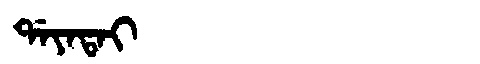
Manchu: ᡩᠠᠶᠠᡨᠠᡳ
Romanization: DAYATAI